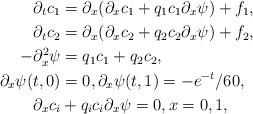
LaTeX: \begin{align*} \partial_t c_1 & = \partial_x (\partial_x c_1+ q_1 c_1 \partial_x \psi) +f_1, \\ \partial_t c_2 & = \partial_x (\partial_x c_2+ q_2 c_2 \partial_x \psi) +f_2, \\- \partial_x^2 \psi & = q_1c_1+ q_2c_2,\\\partial_x \psi(t,0)& =0, \partial_x \psi(t, 1)=-e^{-t}/60, \\{\partial_x c_i} &+q_ic_i {\partial_x \psi}=0, x=0, 1,\end{align*}